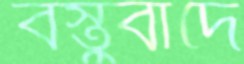
বস্তুবাদে